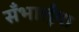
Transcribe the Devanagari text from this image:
सँभालूँगा